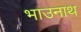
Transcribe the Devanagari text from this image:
भाउनाथ